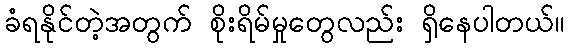
ခံရနိုင်တဲ့အတွက် စိုးရိမ်မှုတွေလည်း ရှိနေပါတယ်။